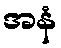
အနံ